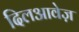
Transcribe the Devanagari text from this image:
दिलआवेज़